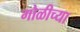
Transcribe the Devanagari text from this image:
गोळीच्या